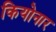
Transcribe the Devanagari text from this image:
कियोनार